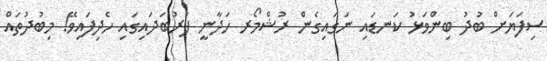
ސިފަޔަށް ބުދު ބިންވަޅު ކަނޑައި ނަގައިގެން ރުޝްމޯރ ހަދާނީ ފަރުބަދައިގައި ހެދިފައިވޭ! މިބުދުތައް